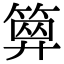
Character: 𥱅